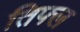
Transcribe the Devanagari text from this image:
तिफ्ल